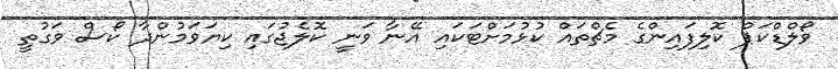
ވޯލްޑްކަޕް ކޮލިފައިންގެ މެޗްތައް ކުޅުމަށްޓަކައި އޭނާ ވަނީ ކޮލެޖުގައި ކިޔަވަމުންދާ ކޯސް ވަގުތީ